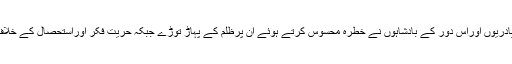
اس لیے ان دونوں قسم کے لوگوں سے پادریوں اوراس دور کے بادشاہوں نے خطرہ محسوس کرتے ہوئے ان پرظلم کے پہاڑ توڑے جبکہ حریت فکر اوراستحصال کے خلاف اٹھنے والی تحریک قوت پکڑتی گئی۔